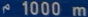
1000 m